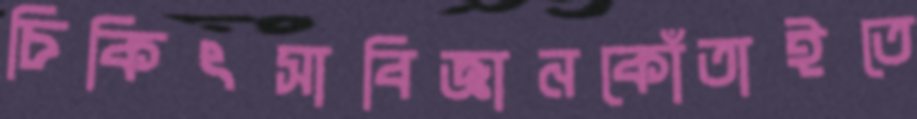
চিকিৎসাবিজ্ঞানকোঁতাইতে